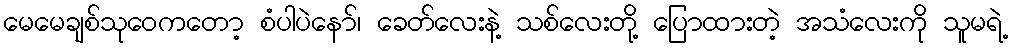
မေမေချစ်သုဝေကတော့ စံပါပဲနော်၊ ခေတ်လေးနဲ့ သစ်လေးတို့ ပြောထားတဲ့ အသံလေးကို သူမရဲ့